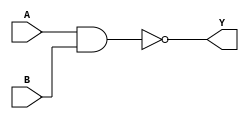
module nand_gate(A,B,Y);
	input	A;
        input	B;
	output	Y;

assign		Y=~(A&B);

endmodule